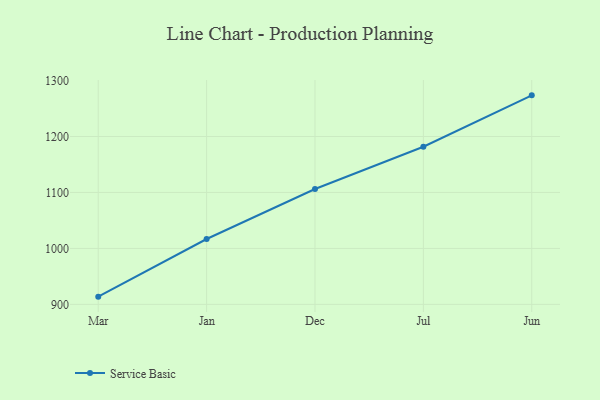
{"axis": {"x": "Month", "y": "Budget (USD K)"}, "legend": ["Service Basic"], "data": [{"x": "Mar", "y": 913.8, "type": "Service Basic"}, {"x": "Jan", "y": 1016.8, "type": "Service Basic"}, {"x": "Dec", "y": 1106.2, "type": "Service Basic"}, {"x": "Jul", "y": 1181.7, "type": "Service Basic"}, {"x": "Jun", "y": 1273.5, "type": "Service Basic"}]}